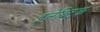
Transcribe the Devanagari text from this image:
इलेक्‍ट्रिक